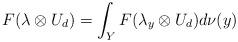
LaTeX: \begin{align*} F(\lambda \otimes U_d) = \int_Y F(\lambda_y \otimes U_d) d\nu(y)\end{align*}